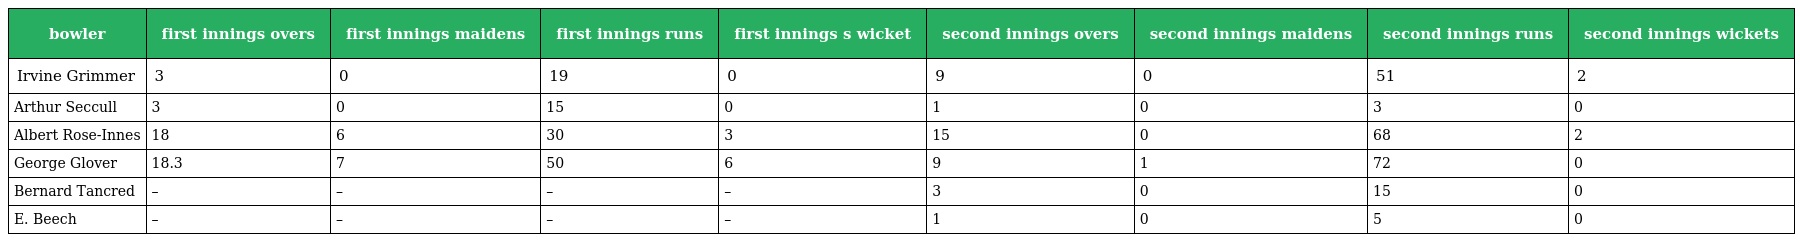
| bowler | first innings overs | first innings maidens | first innings runs | first innings s wicket | second innings overs | second innings maidens | second innings runs | second innings wickets |
 | --- | --- | --- | --- | --- | --- | --- | --- | --- |
 | Irvine Grimmer | 3 | 0 | 19 | 0 | 9 | 0 | 51 | 2 |
 | Arthur Seccull | 3 | 0 | 15 | 0 | 1 | 0 | 3 | 0 |
 | Albert Rose-Innes | 18 | 6 | 30 | 3 | 15 | 0 | 68 | 2 |
 | George Glover | 18.3 | 7 | 50 | 6 | 9 | 1 | 72 | 0 |
 | Bernard Tancred | – | – | – | – | 3 | 0 | 15 | 0 |
 | E. Beech | – | – | – | – | 1 | 0 | 5 | 0 |